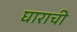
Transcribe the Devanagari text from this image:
घाराची